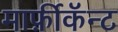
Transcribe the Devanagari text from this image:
मार्फ़ीकॅन्ट